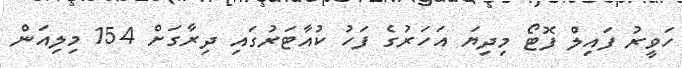
ހަވީރު ފައިލް ފޮޓޯ މިދިޔަ އަހަރުގެ ފަހު ކުއާޓަރުގައި ދިރާގަށް 154 މިލިއަން